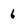
Character: 6